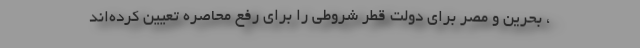
، بحرین و مصر برای دولت قطر شروطی را برای رفع محاصره تعیین کرده‌اند